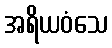
အရိယဝံသေ